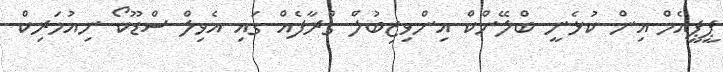
ޕީޕީއެމް އިން ކުޅެނީ ބްލޭންކް އިންވިޒިބުލް ގްރާފެއް ގައި އެވިލް ސްޑޫކޯ ނިއުމަރިކް